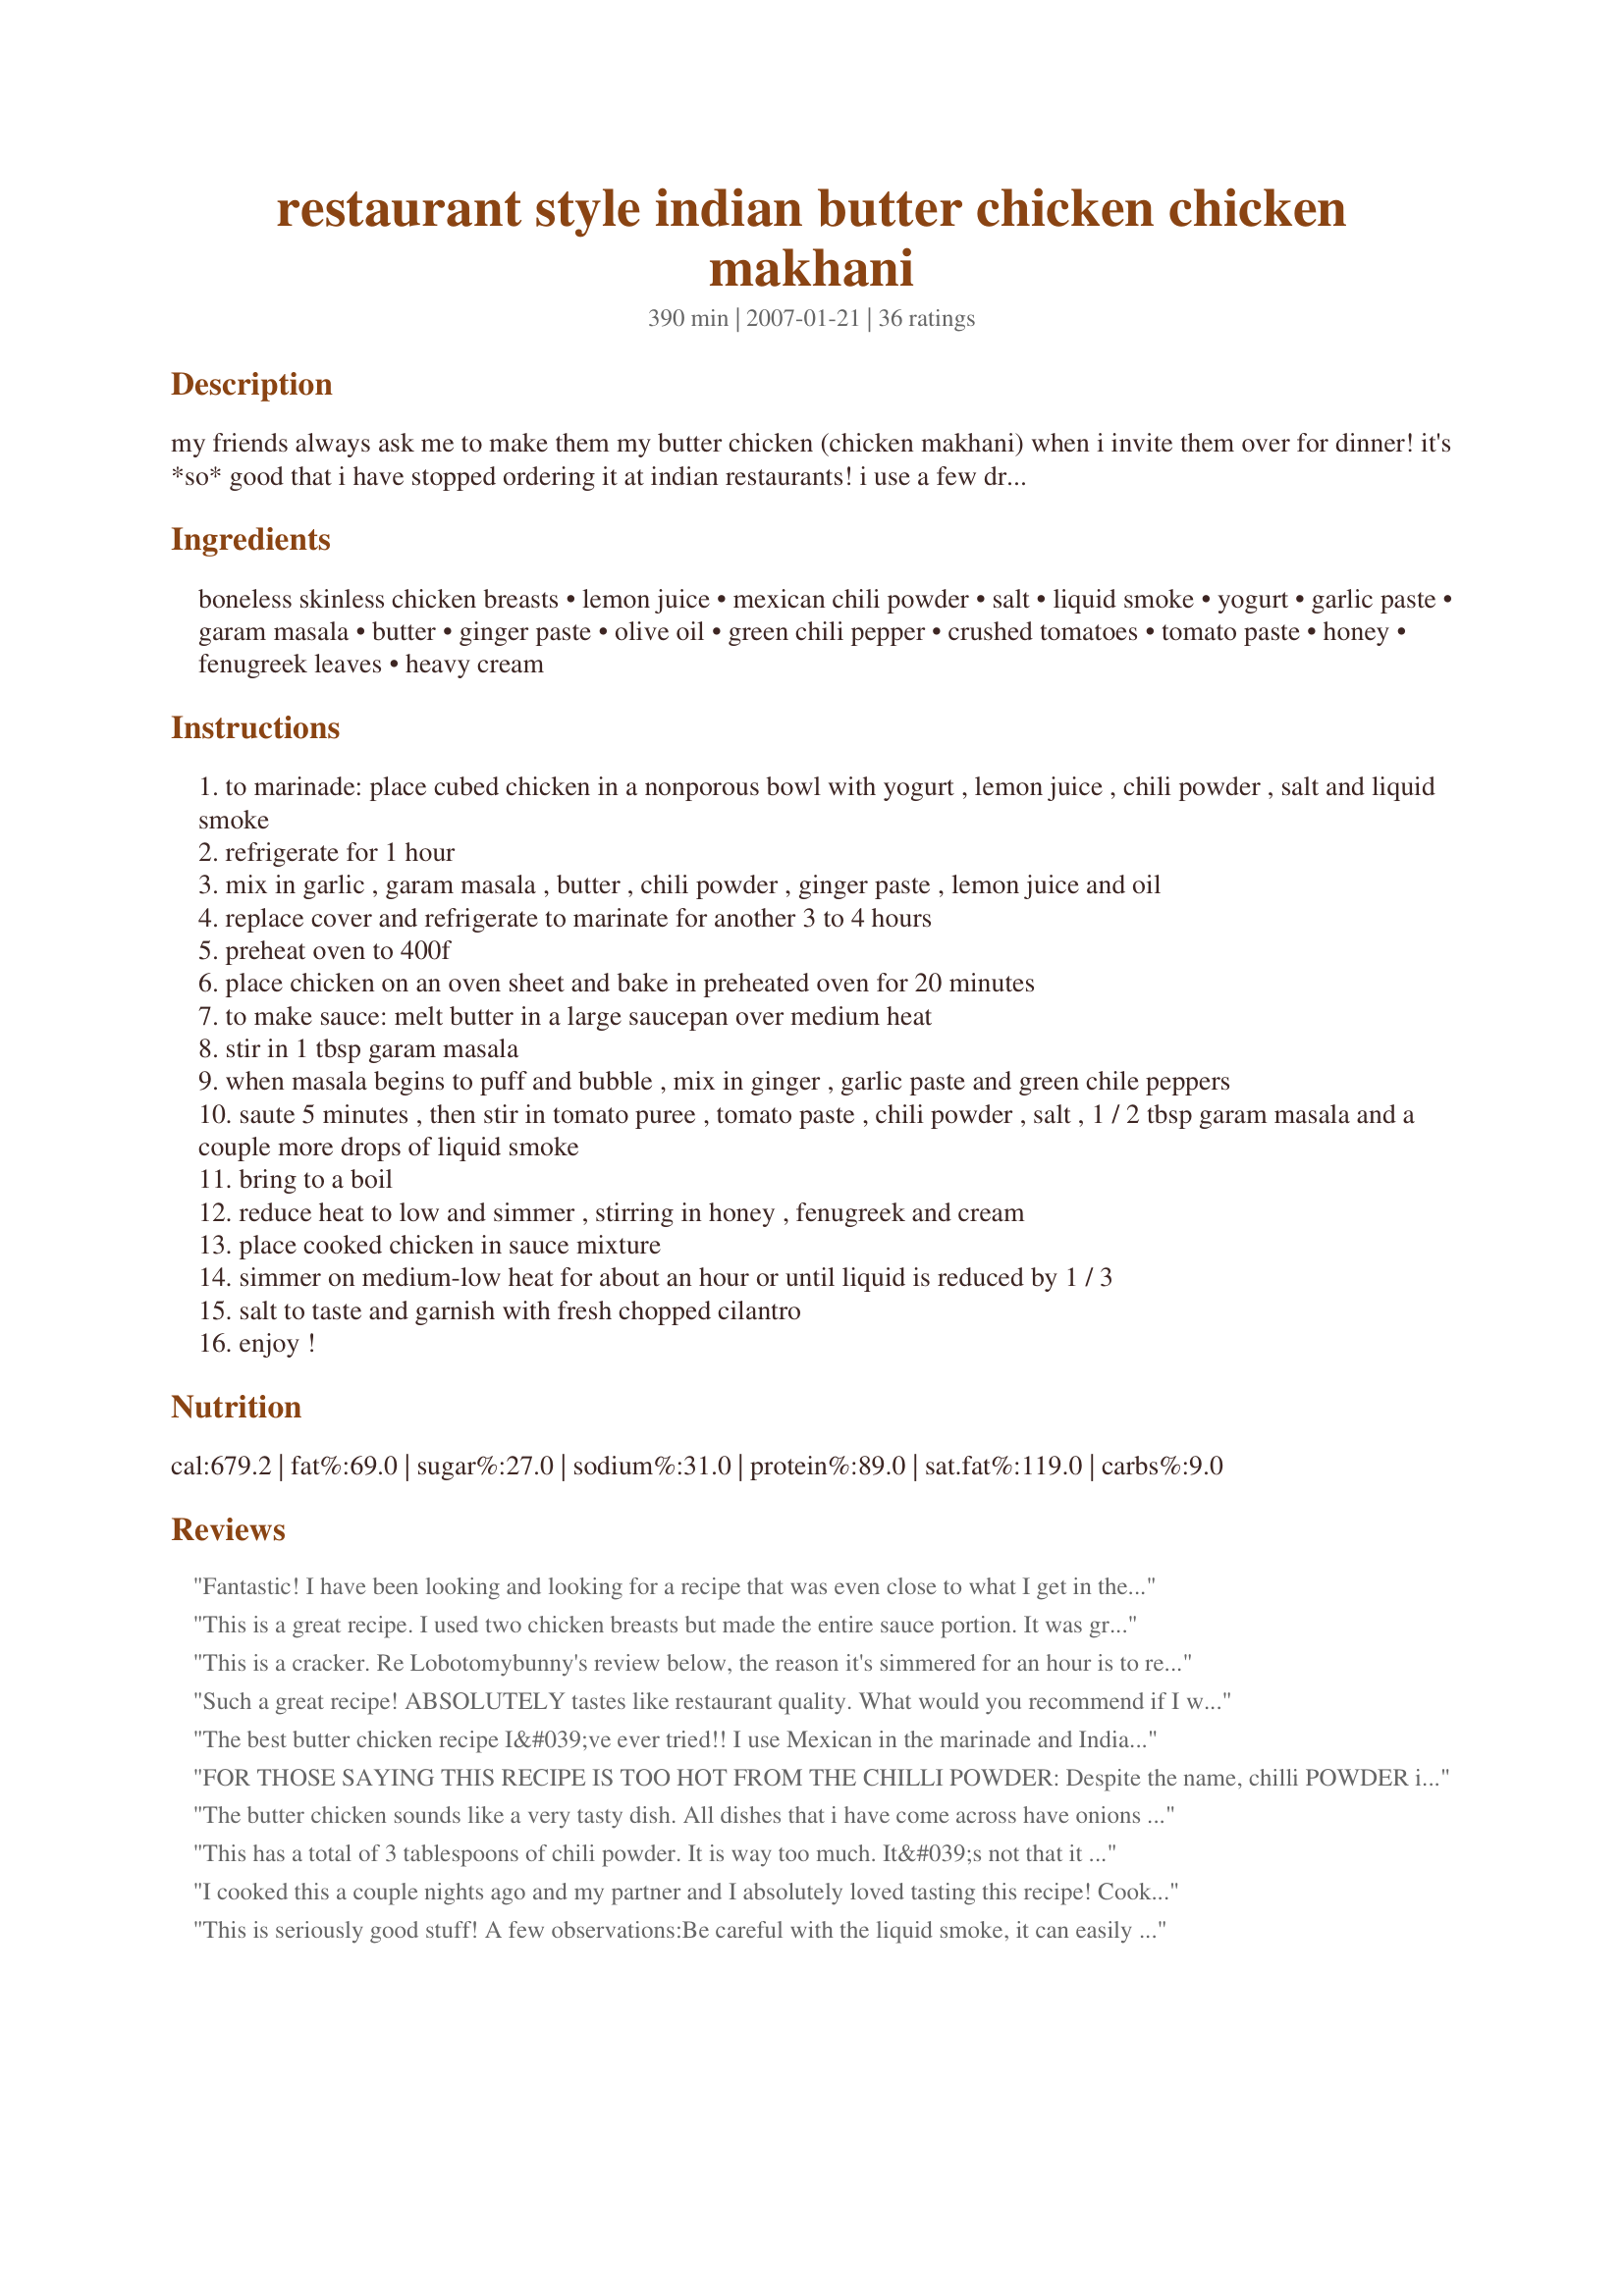
restaurant style indian butter chicken chicken makhani
Preparation time: 390 minutes

my friends always ask me to make them my butter chicken (chicken makhani) when i invite them over for dinner! it's *so* good that i have stopped ordering it at indian restaurants!

i use a few drops of liquid smoke to give it a 'tandoori' flavour, and don't skip the dried fenugreek leaves. they are what make it taste as though it's from your favourite curry house!

update: one individual has complained that there is excess chili powder in this recipe.
it may be that north american chili powder has less heat? certainly do not omit this ingredient. i used the usual 'chili powder' found at north american grocery stores, the generic type often used in chili con carne.
(i hope this clarifies any confusion!)

Ingredients:
boneless skinless chicken breasts, lemon juice, mexican chili powder, salt, liquid smoke, yogurt, garlic paste, garam masala, butter, ginger paste, olive oil, green chili pepper, crushed tomatoes, tomato paste, honey, fenugreek leaves, heavy cream

Steps:
to marinade: place cubed chicken in a nonporous bowl with yogurt , lemon juice , chili powder , salt and liquid smoke
refrigerate for 1 hour
mix in garlic , garam masala , butter , chili powder , ginger paste , lemon juice and oil
replace cover and refrigerate to marinate for another 3 to 4 hours
preheat oven to 400f
place chicken on an oven sheet and bake in preheated oven for 20 minutes
to make sauce: melt butter in a large saucepan over medium heat
stir in 1 tbsp garam masala
when masala begins to puff and bubble , mix in ginger , garlic paste and green chile peppers
saute 5 minutes , then stir in tomato puree , tomato paste , chili powder , salt , 1 / 2 tbsp garam masala and a couple more drops of liquid smoke
bring to a boil
reduce heat to low and simmer , stirring in honey , fenugreek and cream
place cooked chicken in sauce mixture
simmer on medium-low heat for about an hour or until liquid is reduced by 1 / 3
salt to taste and garnish with fresh chopped cilantro
enjoy !

Reviews:
Fantastic! I have been looking and looking for a recipe that was even close to what I get in the restaurant - this one was perfect! Thank you so much - the BF and I are making this again next weekend!
This is a great recipe. I used two chicken breasts but made the entire sauce portion. It was great with Recipe #215545. I will freeze the remaining sauce and just make the chicken fresh next time. This is time consuming with all the marinating but actual cooking isn't bad. While it was simmering, I cooked the Naan. Very good dinner.
This is a cracker. Re Lobotomybunny's review below, the reason it's simmered for an hour is to reduce and therefore thicken the sauce. The 'allrecipes' version you mention (which incidentally is the same as Recipezaar's Charishma Ramchandani's Butter Chicken recipe #9250 - gotta stay loyal to the 'zaar!) uses only 2 cups (500 ml) of tomato puree wheras this one uses 800 ml. The reducing and thickening is what makes it better, I believe. I also added a little red food colouring to make it look more like the restaurant version and lessened the chilli powder as I made it for (and with) my kids. Delicious!
Such a great recipe! ABSOLUTELY tastes like restaurant quality.

What would you recommend if I wanted to increase the spice a bit?
The best butter chicken recipe I&#039;ve ever tried!! I use Mexican in the marinade and Indian in the sauce. The Indian chili powder is alot hotter. I couldn&#039;t find fenugreek leaves so used fresh Cilantro. Paired it with homemade Cilantro Garlic Naan and curried Cauliflower and Home made Guulab Jamun for dessert. FANTASTIC!!!! My family requests this dish for each and every birthday dinner!!!
FOR THOSE SAYING THIS RECIPE IS TOO HOT FROM THE CHILLI POWDER: Despite the name, chilli POWDER is a mild blend of several spices that provides far more flavour than heat.
Chilli powder is NOT the same as chilli PEPPER (a.k.a. cayenne pepper). Cayenne/chilli PEPPER is very spicy and will not require much to heat up a dish.

Hope that helps! :)
The butter chicken sounds like a very tasty dish. All dishes that i have come across have onions in or use the onions to cook the sauce, this one doesn't. This is very unusual as all all curry houses use onions to cook their sauces. Can anyone explain please.
This has a total of 3 tablespoons of chili powder. It is way too much. It&#039;s not that it is too spicy, it is that it tastes like I&#039;m eating chili powder. All the other flavors are overpowered. I will definitely reduce the chili powder next time. My family liked it, and they all asked me to make it again, but they all asked me to reduce the amount of chili powder.
I cooked this a couple nights ago and my partner and I absolutely loved tasting this recipe! Cooking this again tonight! Thanks for a very satisfying dinner :)
This is seriously good stuff! A few observations:<br/>Be careful with the liquid smoke, it can easily overpower the dish.<br/>When you simmer the sauce, be careful not too reduce it too much, or it will become a bit too red and "tomato'y". Butter Chicken should be a nice orange color.<br/><br/>Here's a tip I picked up with a Tikka Masalas recipe as far as the chicken goes:<br/>Thread the cut chicken pieces onto some pre-soaked bamboo skewers to marinade. This makes getting the pieces out of the marinade much easier and less messy. I like to char broil my chicken a bit, too.<br/><br/>You will need to go to an Indian grocery store for the fenugreek leaves though. Standard grocery stores will not carry them. Do NOT use seeds instead of leaves! Fenugreek seeds are very bitter whereas the leaves are more sweet.
Really nice recipe. I share with you one I usually make: http://www.hospitality-australia.com/recipe/butter-chicken/
I've been trying to replicate Butter Chicken as I have had in restaurants for decades and I finally can! Now, it's possible following the recipe may result in something less than restaurant quality, but I think I know what makes the difference. First of all, I used my own freshly ground Garam Masala in a coffee grinder. I also added twice the honey. And while a few have said it's not important, fresh fenugreek leaves may have played a part. I agree to go sparingly with the liquid smoke. The ingredients list seems to duplicate ingredients, but you can eventually figure it out. I wish the ingredients for each stage were separated out. Mine was relatively mild the first time, but I didn't add the green chili peppers. The Chili powder shouldn't really affect the heat quotient. Only those who find black pepper too spicy might also find this recipe too spicy, even without the green chilis, which is where the serious heat comes from.
A lot of steps but boy is it worth it. Someone said they couldnt see a reason for baking the chicken after marinating it. Do NOT skip this step. Baking seals in the marinade and gives you delicious pan juices to mix back into the sauce. I love Indian food and have had way too many bland versions of these culinary delights. This is as good as it gets for Chicken Makhani. The only recipe I will ever use.
I made this recipe last week. It was outstanding.
I have made this many times and each time it has turned out fantastic. I use the Onken full fat natural set yogurt and it never turns out grainy. The only thing that I have added is coconut cream for the kids sake as they would only eat korma but they love this as it's very similar. I usually made a lot more of the marinade and freeze it as it can be used to marinate lots of things even if you're not doing a curry. I love it. Thank you so much for the recipe, it will be passed on to my children when they are old enough to cook themselves. It's already passed to my daughter in law. I also used smoked paprika instead of liquid smoke. Not so overpowering. Dee Johnson, Dundee, United Kingdom.
I learned to cook Indian dishes from my mother, but chicken makhni was not one of those dishes. This yummy dish, served in almost every Indian restaurant in the Western world...it is surprisingly not an authentic from India dish...hence I could not get my hands on a recipe from any relatives. I order it whenever I go out to eat at my local Indian place, but have not been able to replicate it yet. I was so happy when I found this recipe. The first time I tried it. I was pleasantly surprised. It was delicious. I have since tweaked it a little, by adding a teaspoon of turmeric, and half a tablespoon of kitchen king Indian masala. It just keeps hitting the spot.. Thanks for this recipe!
Very disappointing. This would be a delicious pasta sauce, but does not taste at all like Chicken Makhani. Much tomato flavor, little Indian spice.
I am so glad I made this one. It was awesome with jasmine rice to accompany it! We loved, LOVED it!
Just wanted to add that the recipe says 3 tablespoons of chilli powder. (It says 1 tbsp in three different places).

A medium-hot curry has half a teaspoon, so this is 18 times the usual amount. This is why I hurt myself trying to eat it.
Love this recipe! It does have alot of steps but if you do the 2 marinations the night before it isn&#039;t so bad. This is my go to recipe for butter chicken. Sadly my picky husband will not eat it but a couple of his friends that said they would never try Indian food tried it and loved it! Definitely worth the time and effort! I serve w basmati rice or naan or sometimes both, depends on what I have on hand. Makes the house smell absolutely delish!
This was FANTASTIC! I did use Kashmiri chili powder so it may have been a bit warmer than intended but it was WONDERFUL! Thanks so much for the recipe.
This was really good even without the fenugreek leaves. I can't find any where I live, so I substituted celery leaves as that is what came up for a substitution when I googled it. My mom *loves* this recipe and is always very excited when I make it for her.
Very good. Nice recipe! Thanks for posting! The lemon juice gives it the southern Indian flavor. In Northern India they don&#039;t use use sour in Butter Chicken so you can easily remove it, if desired. Indian recipes do not call for the
So I attempted to make this recipe and followed all the ingredients and instructions, however I was not happy with the consistency! The flavours are there and were amazing! Maybe a little too chilli but can handle it! My sauce wasn’t that rich creamy smooth texture but a grainy texture. Don’t know what I did wrong? The sauce looked great up until I added the chicken after I baked them in the oven for 20 minutes. The recipe said after 20mins add the chicken and juices, but once I did that the sauce went grainy? Was it the yoghurt? Was I meant to bake the chicken without so much yoghurt? I also had a lot of the marinade left over, was I meant to put that in the sauce? Really want to attempt again but need help! Any advice please?
This is just what I was looking for! Tastes like my favorite restaurant. The key to the correct flavor was the fenugreek leaves. Thank you so much.
Love this receipie thanks
This was delicious! I didn&#039;t have liquid smoke on hand, and I subbed dried celery for the fenugreek leaves.&lt;br/&gt;My only issue, while it didn&#039;t effect the taste, the method for cooking the chicken caused the yogurt marinade to curdle which didn&#039;t look so great once added to the curry sauce. But the chicken was so tender and it all tasted delicious!
Followed the recipe and it tastes sour. Not even close to what I&#039;ve had at restaurants. I&#039;m wondering if the measurements should be in teaspoons instead of Tablespoons?
finally i saw a recipe of butter chicken which doesnt have onions. This is the real butter chicken.
Tasty, but I don't see the reason to cook the chicken for 20 minutes in an oven and THEN cook it for another hour on the stovetop. The verson linked below on allrecipes looks like a direct copy, but without the unnecessary extra hour of cooking time, and with an actual difference between the first and 2nd marinade steps (yogurt goes in after the first hour): http://allrecipes.com/Recipe/Makhani-Chicken-Indian-Butter-Chicken/Detail.aspx. I won't use this version of the recipe again.
Made this for dinner tonight. We&#039;ve tried a number of the different Butter Chicken recipes floating around... wow do they vary. This was, hands-down, the very very best. Better than restaurant quality. When I was prepping I had the time so I marinated the chicken overnight. I also second the note from another reviewer to be careful not to over-reduce the sauce or it changes color; that happened to me. It still tasted fantastic, but in it&#039;s last 5 minutes of simmering went from the mellow orange of Butter Chicken to being a touch too red.
This is great! It&#039;s hard to find a genuine tasting butter chicken, but this is great! I marinade it in tandoori paste and yoghurt though, and cook the chicken on the BBQ.
This was absolutely fantastic ! I dont think I'll be going out for butter chicken any more. This one's a keeper
Amazing. I&#039;ll never order a take-away curry again. &lt;br/&gt;&lt;br/&gt;Three comments: &lt;br/&gt;&lt;br/&gt;1. The fenugreek leaves are what make this for me. Don&#039;t omit them.&lt;br/&gt;&lt;br/&gt;2. I can&#039;t find liquid smoke in Melbourne so left it out. I can&#039;t imagine it can get much better-tasting than it was so I&#039;m not sorry about that!&lt;br/&gt;&lt;br/&gt;3. Others have commented on this - be SERIOUSLY careful with the amount of chilli powder you use. I used less than 1/10th of what this recipe states because of others&#039; comments and i ended up having to double ALL the other ingredients just to make it edible. It was still too hot for us (we are generally on the milder side of medium-level hotness). Just go easy - if you under-spice it the first time, it will still taste amazing, and you can always add more. &lt;br/&gt;&lt;br/&gt;Tips if you DO put too much chilli in and it&#039;s too hot:&lt;br/&gt;&lt;br/&gt;- add brown sugar&lt;br/&gt;- add peanut butter&lt;br/&gt;- add molasses&lt;br/&gt;- add red wine vinegar&lt;br/&gt;&lt;br/&gt;Weird things but they did help to cut the spice and didn&#039;t damage the flavour.&lt;br/&gt;&lt;br/&gt;Good luck!!
Unfortunately, this dish was disappointing. The recipe calls for too much garlic, too much lemon juice, and too much chili powder. The finished product had a sour taste to it and was very garlic heavy.

Also, you don&#039;t have to pre-bake the chicken, it will be fully cooked just from the simmering process.

I will attempt to make it again, but I&#039;ll definitely adjust some of the ingredients and their quantities.
First you need to know that my wife and I are food snobs. We can't stomach second rate food. Having said that..., THIS is the BEST butter chicken recipe we've ever encountered and we've tried a few of them. It really does taste as good as the best Indian restaurants make it and you will NOT be disappointed! There is no need to look any further. This is it! Enjoy!
